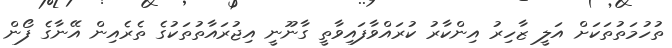
ތުހުމަތުތަކަށް އަލީ ޒާހިރު އިންކާރު ކުރައްވާފައިވާތީ ގާނޫނީ އިޖުރައާތުތަކުގެ ތެރެއިން އޭނާގެ ފޯން